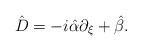
\begin{align*}\hat{D} = -i \hat{\alpha} \partial_{\xi} + \hat{\beta}.\end{align*}